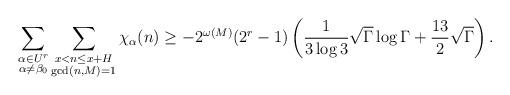
LaTeX: \begin{align*}\sum_{\substack{\alpha\in U^{r}\\\alpha\not=\beta_{0}}}\sum_{\substack{x<n\le x+H \\ \gcd(n,M)=1}}\chi_{\alpha}(n)\ge -2^{\omega(M)}(2^{r}-1)\left(\dfrac{1}{3\log 3}\sqrt{\Gamma}\log \Gamma+\dfrac{13}{2}\sqrt{\Gamma}\right).\end{align*}